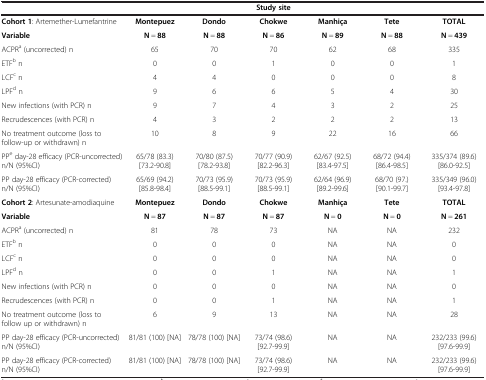
<table><thead><tr><td><b> </b></td><td colspan="5"><b>Study site</b></td><td><b> </b></td></tr></thead><tbody><tr><td><b>Cohort 1</b>: Artemether-Lumefantrine</td><td><b>Montepuez</b></td><td><b>Dondo</b></td><td><b>Chokwe</b></td><td><b>Manhiça</b></td><td><b>Tete</b></td><td><b>TOTAL</b></td></tr><tr><td><b>Variable</b></td><td><b>N</b> = <b>88</b></td><td><b>N</b> = <b>88</b></td><td><b>N</b> = <b>86</b></td><td><b>N</b> = <b>89</b></td><td><b>N</b> = <b>88</b></td><td><b>N</b> = <b>439</b></td></tr><tr><td>ACPR<sup>a</sup> (uncorrected) n</td><td>65</td><td>70</td><td>70</td><td>62</td><td>68</td><td>335</td></tr><tr><td>ETF<sup>b</sup> n</td><td>0</td><td>0</td><td>1</td><td>0</td><td>0</td><td>1</td></tr><tr><td>LCF<sup>c</sup> n</td><td>4</td><td>4</td><td>0</td><td>0</td><td>0</td><td>8</td></tr><tr><td>LPF<sup>d</sup> n</td><td>9</td><td>6</td><td>6</td><td>5</td><td>4</td><td>30</td></tr><tr><td>New infections (with PCR) n</td><td>9</td><td>7</td><td>4</td><td>3</td><td>2</td><td>25</td></tr><tr><td>Recrudescences (with PCR) n</td><td>4</td><td>3</td><td>2</td><td>2</td><td>2</td><td>13</td></tr><tr><td>No treatment outcome (loss to follow-up or withdrawn) n</td><td>10</td><td>8</td><td>9</td><td>22</td><td>16</td><td>66</td></tr><tr><td>PP<sup>e</sup> day-28 efficacy (PCR-uncorrected) n/N (95%CI)</td><td>65/78 (83.3) [73.2-90.8]</td><td>70/80 (87.5) [78.2-93.8]</td><td>70/77 (90.9) [82.2-96.3]</td><td>62/67 (92.5) [83.4-97.5]</td><td>68/72 (94.4) [86.4-98.5]</td><td>335/374 (89.6) [86.0-92.5]</td></tr><tr><td>PP day-28 efficacy (PCR-corrected) n/N (95%CI)</td><td>65/69 (94.2) [85.8-98.4]</td><td>70/73 (95.9) [88.5-99.1]</td><td>70/73 (95.9) [88.5-99.1]</td><td>62/64 (96.9) [89.2-99.6]</td><td>68/70 (97.) [90.1-99.7]</td><td>335/349 (96.0) [93.4-97.8]</td></tr><tr><td><b>Cohort 2</b>: Artesunate-amodiaquine</td><td><b>Montepuez</b></td><td><b>Dondo</b></td><td><b>Chokwe</b></td><td><b>Manhiça</b></td><td><b>Tete</b></td><td><b>TOTAL</b></td></tr><tr><td><b>Variable</b></td><td><b>N</b> = <b>87</b></td><td><b>N</b> = <b>87</b></td><td><b>N</b> = <b>87</b></td><td><b>N</b> = <b>0</b></td><td><b>N</b> = <b>0</b></td><td><b>N</b> = <b>261</b></td></tr><tr><td>ACPR<sup>a</sup> (uncorrected) n</td><td>81</td><td>78</td><td>73</td><td>NA</td><td>NA</td><td>232</td></tr><tr><td>ETF<sup>b</sup> n</td><td>0</td><td>0</td><td>0</td><td>NA</td><td>NA</td><td>0</td></tr><tr><td>LCF<sup>c</sup> n</td><td>0</td><td>0</td><td>0</td><td>NA</td><td>NA</td><td>0</td></tr><tr><td>LPF<sup>d</sup> n</td><td>0</td><td>0</td><td>1</td><td>NA</td><td>NA</td><td>1</td></tr><tr><td>New infections (with PCR) n</td><td>0</td><td>0</td><td>0</td><td>NA</td><td>NA</td><td>0</td></tr><tr><td>Recrudescences (with PCR) n</td><td>0</td><td>0</td><td>1</td><td>NA</td><td>NA</td><td>1</td></tr><tr><td>No treatment outcome (loss to follow up or withdrawn) n</td><td>6</td><td>9</td><td>13</td><td>NA</td><td>NA</td><td>28</td></tr><tr><td>PP day-28 efficacy (PCR-uncorrected) n/N (95%CI)</td><td>81/81 (100) [NA]</td><td>78/78 (100) [NA]</td><td>73/74 (98.6) [92.7-99.9]</td><td>NA</td><td>NA</td><td>232/233 (99.6) [97.6-99.9]</td></tr><tr><td>PP day-28 efficacy (PCR-corrected) n/N (95%CI)</td><td>81/81 (100) [NA]</td><td>78/78 (100) [NA]</td><td>73/74 (98.6) [92.7-99.9]</td><td>NA</td><td>NA</td><td>232/233 (99.6) [97.6-99.9]</td></tr></tbody></table>